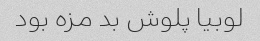
لوبیا پلوش بد مزه بود